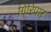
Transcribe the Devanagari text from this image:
गिरिपार